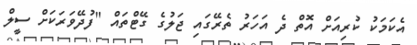
އެކަމަކު ކުރިއަށް އޮތް ދެ އަހަރު ތެރޭގައި ޖަލުގެ ގޭޓްތައް "ފުދޭވަރަކަށް ސީލް